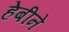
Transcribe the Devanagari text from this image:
हेबीने